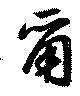
爾